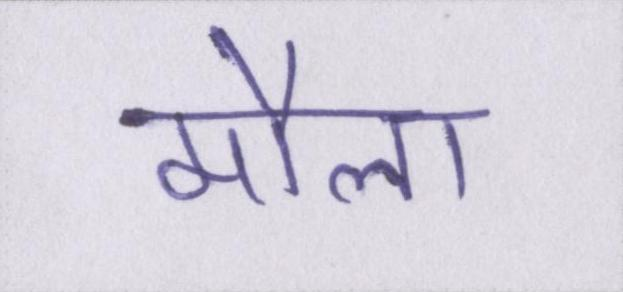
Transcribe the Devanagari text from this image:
मौला